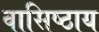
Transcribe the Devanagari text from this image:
वासिष्ठाय